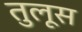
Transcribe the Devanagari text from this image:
तुलूस